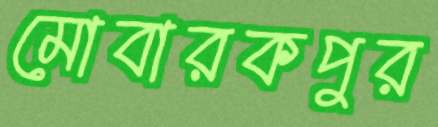
মোবারকপুর